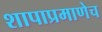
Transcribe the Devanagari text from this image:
शापाप्रमाणेच